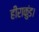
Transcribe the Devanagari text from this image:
हीराकुंड।